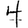
Digit: 4